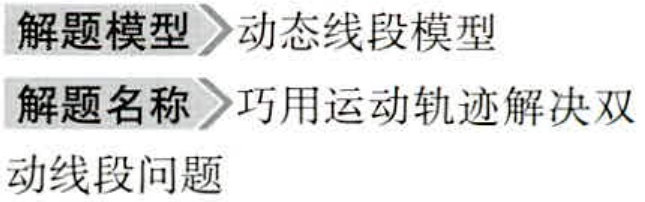
\begin{document}
解题模型$\rhd$动态线段模型
解题名称$\rhd$巧用运动轨迹解决双
动线段问题
\end{document}